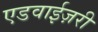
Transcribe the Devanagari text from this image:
एडवाईज़री